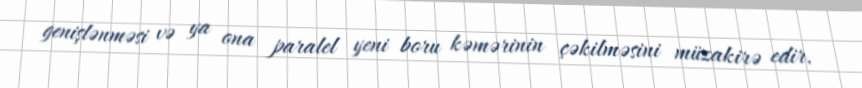
genişlənməsi və ya ona paralel yeni boru kəmərinin çəkilməsini müzakirə edir.